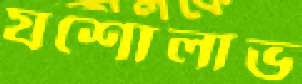
যশোলাভ